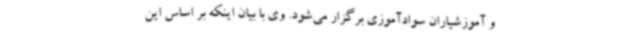
و آموزشیاران سوادآموزی برگزار می‌شود. وی با بیان اینکه بر اساس این